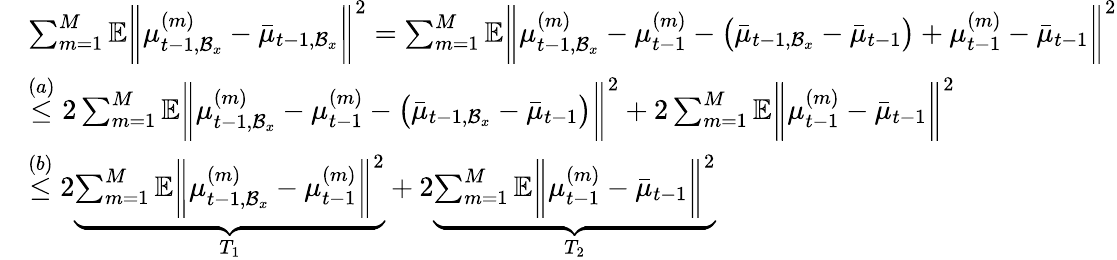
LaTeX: \begin{array}{rl}&{\sum_{m=1}^{M}\mathbb{E}\bigg\| \mu_{t-1,\mathcal{B}_{x}}^{(m)}-\bar{\mu}_{t-1,\mathcal{B}_{x}}\bigg\| ^{2}=\sum_{m=1}^{M}\mathbb{E}\bigg\| \mu_{t-1,\mathcal{B}_{x}}^{(m)}-\mu_{t-1}^{(m)}-\big(\bar{\mu}_{t-1,\mathcal{B}_{x}}-\bar{\mu}_{t-1}\big)+\mu_{t-1}^{(m)}-\bar{\mu}_{t-1}\bigg\| ^{2}}\\ &{\overset{(a)}{\leq}2\sum_{m=1}^{M}\mathbb{E}\bigg\| \mu_{t-1,\mathcal{B}_{x}}^{(m)}-\mu_{t-1}^{(m)}-\big(\bar{\mu}_{t-1,\mathcal{B}_{x}}-\bar{\mu}_{t-1}\big)\bigg\| ^{2}+2\sum_{m=1}^{M}\mathbb{E}\bigg\| \mu_{t-1}^{(m)}-\bar{\mu}_{t-1}\bigg\| ^{2}}\\ &{\overset{(b)}{\leq}2\underbrace{\sum_{m=1}^{M}\mathbb{E}\bigg\| \mu_{t-1,\mathcal{B}_{x}}^{(m)}-\mu_{t-1}^{(m)}\bigg\| ^{2}}_{T_{1}}+2\underbrace{\sum_{m=1}^{M}\mathbb{E}\bigg\| \mu_{t-1}^{(m)}-\bar{\mu}_{t-1}\bigg\| ^{2}}_{T_{2}}}\end{array}